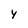
Character: y